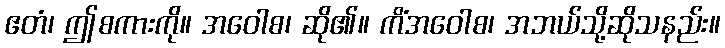
ဧတံ၊ ဤစကားကို။ အဝေါစ၊ ဆို၏။ ကိံအဝေါစ၊ အဘယ်သို့ဆိုသနည်း။